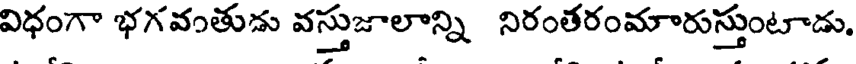
విధంగా భగవంతుడు వస్తుజాలాన్ని నిరంతరంమారుస్తుంటాడు.